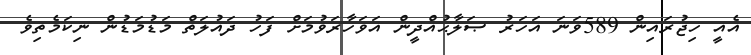
އެއީ ހިޖުރައިން 589ވަނަ އަހަރު ޞަލާޙުއްދީން އަވަހާރަވުމަށް ފަހު ދައުލަތް މަޑުމަޑުން ނިކަމެތިވެ